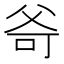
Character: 𤕒